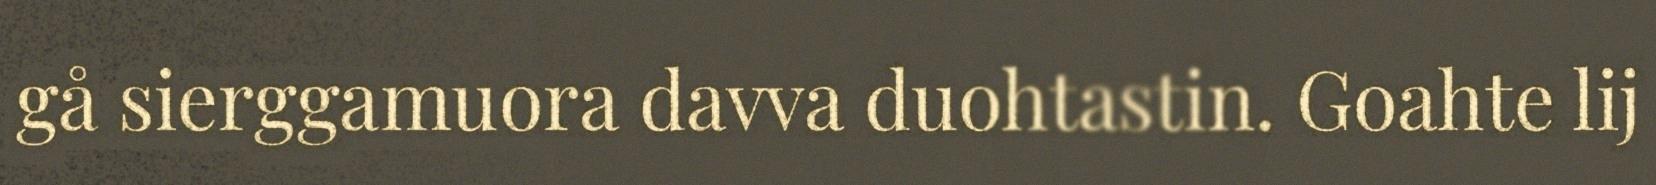
gå sierggamuora davva duohtastin. Goahte lij